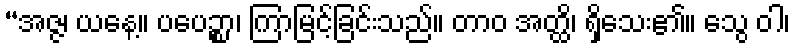
“အဇ္ဇ၊ ယနေ့။ ပပေဉ္စာ၊ ကြာမြင့်ခြင်းသည်။ တာဝ အတ္ထိ၊ ရှိသေး၏။ သွေ ဝါ၊